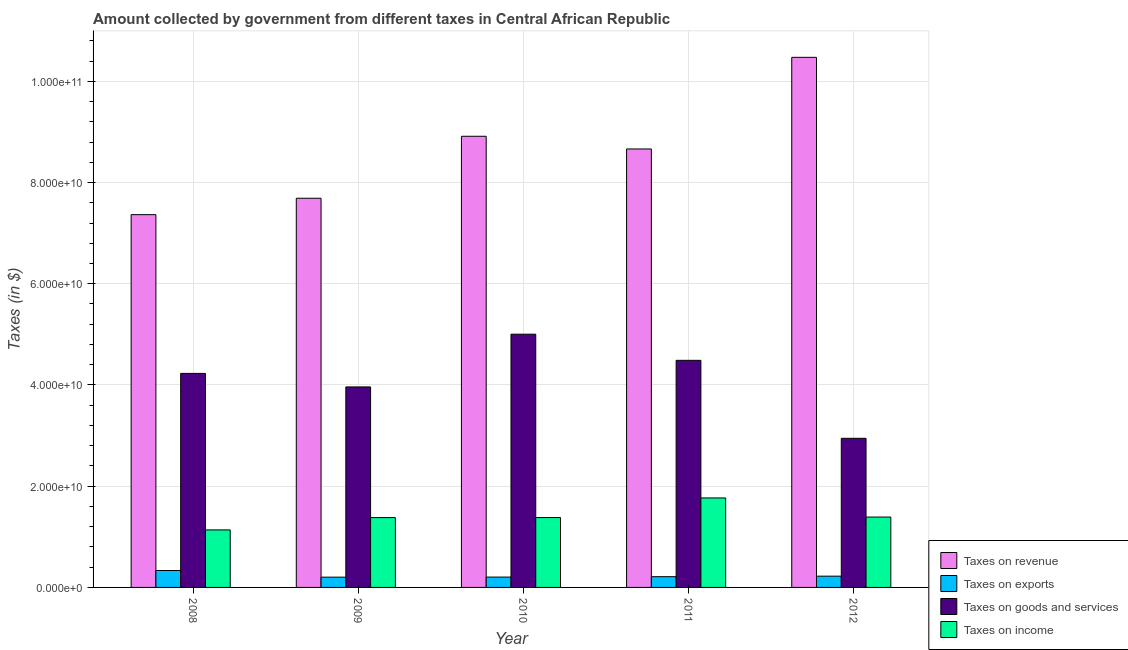
| Year | Taxes on revenue | Taxes on exports | Taxes on goods and services | Taxes on income |
 | --- | --- | --- | --- | --- |
 | 2008 | 7.37e+10 | 3.35e+09 | 4.23e+10 | 1.14e+10 |
 | 2009 | 7.69e+10 | 2.03e+09 | 3.96e+10 | 1.38e+10 |
 | 2010 | 8.91e+10 | 2.05e+09 | 5e+10 | 1.38e+10 |
 | 2011 | 8.66e+10 | 2.12e+09 | 4.49e+10 | 1.77e+10 |
 | 2012 | 1.05e+11 | 2.23e+09 | 2.95e+10 | 1.39e+10 |